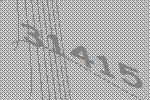
31415